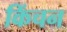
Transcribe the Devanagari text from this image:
किंचन